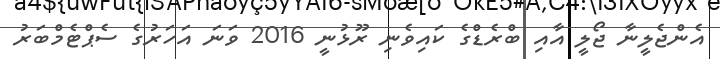
އެންޖެލީނާ ޖޯލީ އާއި ބްރެޑްގެ ކައިވެނި ރޫޅުނީ 2016 ވަނަ އަހަރުގެ ސެޕްޓެމްބަރު